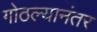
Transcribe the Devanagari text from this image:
गोठल्यानंतर